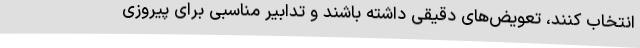
انتخاب کنند، تعویض‌های دقیقی داشته باشند و تدابیر مناسبی برای پیروزی